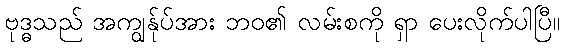
ဗုဒ္ဓသည် အကျွန်ုပ်အား ဘဝ၏ လမ်းစကို ရှာ ပေးလိုက်ပါပြီ။